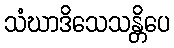
သံဃာဒိသေသန္တိပေ